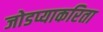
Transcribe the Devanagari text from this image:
जोडप्याकरिता